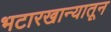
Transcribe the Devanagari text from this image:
भटारखान्यातून